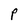
Character: P